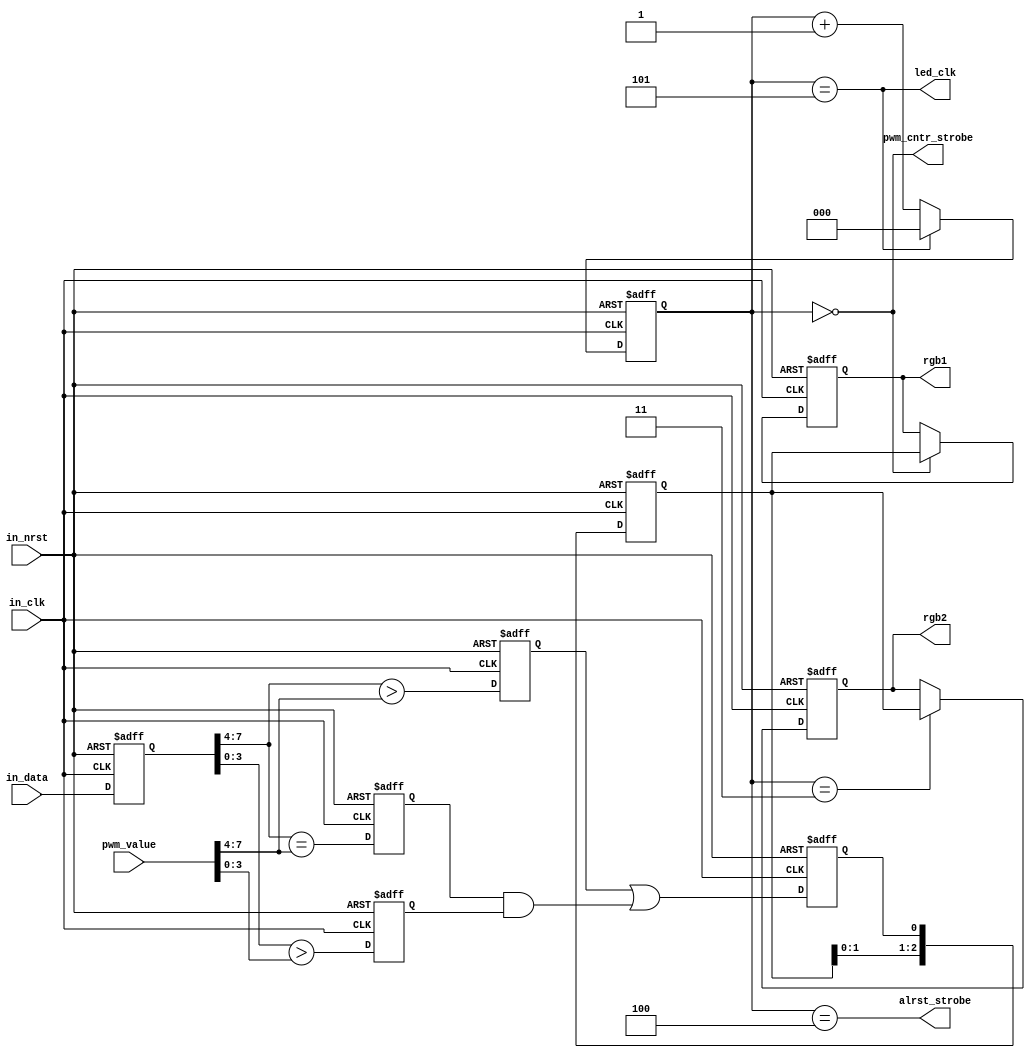
module data_rx_3bytes_2RGB(
	input wire in_clk, in_nrst,
	input wire [7:0] in_data,
	input wire [7:0] pwm_value,
	
	output wire led_clk,
	output wire pwm_cntr_strobe,
	output wire alrst_strobe,
	output reg [2:0] rgb1, rgb2
);

	reg [2:0] phase_cntr;
	wire [5:0] phase_reg;
	assign phase_reg[0] = (phase_cntr == 3'h0);
	assign phase_reg[1] = (phase_cntr == 3'h1);
	assign phase_reg[2] = (phase_cntr == 3'h2);
	assign phase_reg[3] = (phase_cntr == 3'h3);
	assign phase_reg[4] = (phase_cntr == 3'h4);
	assign phase_reg[5] = (phase_cntr == 3'h5);

	assign led_clk = phase_reg[5];
	assign pwm_cntr_strobe = phase_reg[0];
	assign alrst_strobe = phase_reg[4];
	
	always @(posedge in_clk or negedge in_nrst)
		if (~in_nrst)
			phase_cntr <= 3'h0;
		else
			if (phase_cntr == 3'h5)
				phase_cntr <= 3'h0;
			else
				phase_cntr <= phase_cntr + 1;

	// in_data_buffer
	reg [7:0] in_data_buffer;
	always @(posedge in_clk or negedge in_nrst)
		if (~in_nrst)
			in_data_buffer <= 8'h00;
		else
			in_data_buffer <= in_data;
			
	reg comparator_out;

	reg tmp_high, tmp_low, tmp_eq;
	
	wire high_comp;
	assign high_comp = (in_data_buffer [7:4] > pwm_value [7:4]);
	
	wire high_eq;
	assign high_eq = (in_data_buffer [7:4] == pwm_value [7:4]);
	
	wire low_comp;
	assign low_comp = (in_data_buffer [3:0] > pwm_value [3:0]);
		
	always @(posedge in_clk or negedge in_nrst)
		if (~in_nrst)
		begin
			tmp_high <= 1'b0;
			tmp_low <= 1'b0;
			tmp_eq <= 1'b0;
			comparator_out <= 1'b0;
		end
		else
		begin
			tmp_high <= high_comp;
			tmp_low <= low_comp;
			tmp_eq <= high_eq;
	
			comparator_out <= (tmp_high | (tmp_eq & tmp_low));
		end
	
	reg [2:0] tmp_rgb;
	always @(posedge in_clk or negedge in_nrst)
		if (~in_nrst)
			tmp_rgb <= 3'b0;
		else
			tmp_rgb <= {tmp_rgb[1:0],comparator_out};

	always @(posedge in_clk or negedge in_nrst)
		if (~in_nrst)
		begin
			rgb1 <= 3'b0;
			rgb2 <= 3'b0;
		end
		else
		begin
			if (phase_reg[0])
				rgb1 <= tmp_rgb;
			if (phase_reg[3])
				rgb2 <= tmp_rgb;
		end
		
endmodule